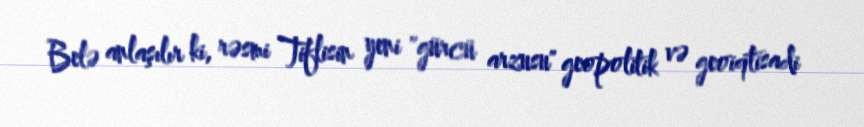
Belə anlaşılır ki, rəsmi Tiflisin yeni "gürcü arzusu" geopolitik və geoiqtisadi